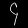
Digit: ၄